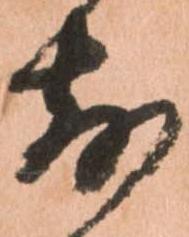
前